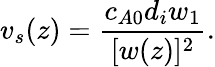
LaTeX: v_{s}(z)=\frac{c_{A0}d_{i}w_{1}}{[w(z)]^{2}}.